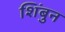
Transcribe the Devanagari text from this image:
शिंबुन